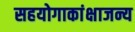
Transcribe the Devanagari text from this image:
सहयोगाकांक्षाजन्य